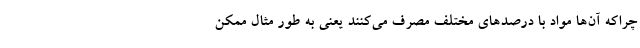
چراکه آن‌ها مواد با درصدهای مختلف مصرف می‌کنند یعنی به طور مثال ممکن